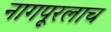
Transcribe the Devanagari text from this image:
नागपूरलाच